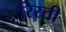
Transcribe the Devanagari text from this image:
रिस्ती